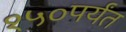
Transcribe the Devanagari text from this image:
१५०पर्यंत